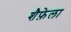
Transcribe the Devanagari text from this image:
शैफ़ेला